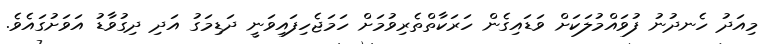
މިއަދު ހެނދުނު ފުވައްމުލަކަށް ވަޑައިގެން ހަރަކާތްތެރިވުމަށް ހަމަޖެހިފައިވަނީ ދަޑިމަގު އަދި ދިގުވާޑު އަވަށުގައެވެ.